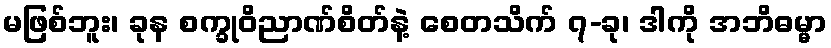
မဖြစ်ဘူး၊ ခုန စက္ခုဝိညာဏ်စိတ်နဲ့ စေတသိက် ၇-ခု၊ ဒါကို အဘိဓမ္မာ